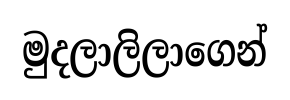
මුදලාලිලාගෙන්